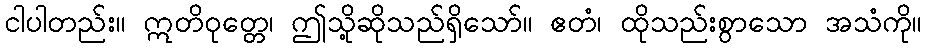
ငါပါတည်း။ ဣတိဝုတ္တေ၊ ဤသို့ဆိုသည်ရှိသော်။ ဧတံ၊ ထိုသည်းစွာသော အသံကို။